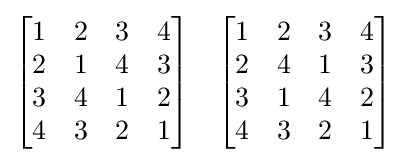
{\begin{bmatrix}1&2&3&4\\2&1&4&3\\3&4&1&2\\4&3&2&1\end{bmatrix}}\quad {\begin{bmatrix}1&2&3&4\\2&4&1&3\\3&1&4&2\\4&3&2&1\end{bmatrix}}